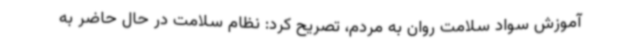
آموزش سواد سلامت روان به مردم، تصریح کرد: نظام سلامت در حال حاضر به